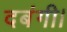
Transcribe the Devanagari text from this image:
दबंगी।